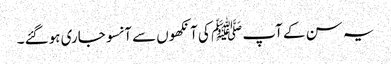
یہ سن کے آپ ﷺ کی آنکھوں سے آنسو جاری ہوگئے ۔